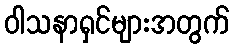
ဝါသနာရှင်များအတွက်